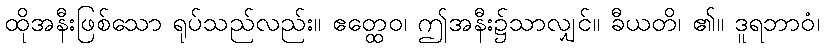
ထိုအနီးဖြစ်သော ရုပ်သည်လည်း။ ဧတ္ထေဝ၊ ဤအနီး၌သာလျှင်။ ခီယတိ၊ ၏။ ဒူရဘာဝံ၊